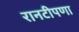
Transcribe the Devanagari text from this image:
रानटीपणा